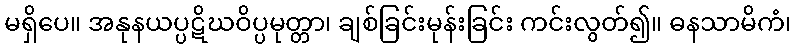
မရှိပေ။ အနုနယပ္ပဋိဃဝိပ္ပမုတ္တာ၊ ချစ်ခြင်းမုန်းခြင်း ကင်းလွတ်၍။ ဓနသာမိကံ၊